Report on sanitation, dispensaries, and jails in Rajputana for 1911, and on vaccination for the year 1911-1912 - 1911-1912
Year: 1911
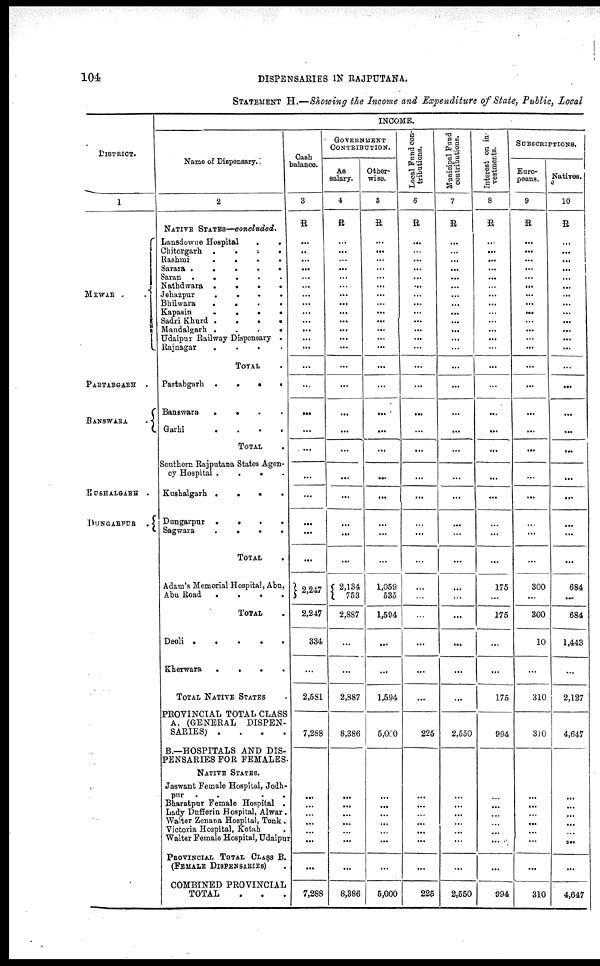
104
DISPENSARIES IN RAJPUTANA.
STATEMENT H.—Showing the Income and Expenditure of State, Public, Local
DISTRICT.
1
MEWAR
PARTABGARH .
BANSWARA
.
KUSHALGARH .
DUNGARPUR
.
INCOME.
Name of Dispensary.
2
NATIVE STATES—concluded.
Lansdowne Hospital
.
.
Chitorgarh .
.
.
.
Rashmi
.
.
.
.
Sarara .
.
.
.
. .
Saran .
.
.
.
.
Nathdwara .
.
.
.
Jehazpur
.
.
.
.
Bhilwara
.
.
.
.
Kapasin
.
.
.
.
Sadri Khurd .
.
.
.
Mandalgarh .
.
.
.
Udaipur Railway Dispensary .
Rajnagar
.
.
.
.
TOTAL .
Partabgarh .
.
.
.
Banswara
.
. . .
Garhi
.
.
.
.
TOTAL .
Southern Rajputana States Agen-
cy Hospital
. . . .
Kushalgarh .
.
.
.
Dungarpur .
.
.
.
Sagwara
.
.
.
.
TOTAL .
Adam's Memorial Hospital, Abu,
Abu Road
.
.
.
.
TOTAL .
Deoli .
.
.
.
.
Kherwara
.
.
.
.
TOTAL NATIVE STATES
PROVINCIAL TOTAL CLASS
A. (GENERAL
DISPEN-
SARIES) .
.
.
.
B.—HOSPITALS AND DIS-
PENSARIES FOR FEMALES.
NATIVE STATES.
Jaswant Female Hospital, Jodh¬
pur
.
.
. .
Bharatpur Female Hospital .
Lady Dufferin Hospital, Alwar.
Walter Zenana Hospital, Tonk .
Victoria Hospital, Kotah
.
Walter Female Hospital, Udaipur
PROVINCIAL TOTAL CLASS B.
(FEMALE DISPENSARIES) .
COMBINED PROVINCIAL
TOTAL . . .
Cash
balance.
3
R
...
...
...
...
...
...
...
...
...
...
...
...
...
...
...
...
...
...
...
...
...
...
...
2,247
2,247
334
...
2,581
7,288
...
...
...
...
...
...
...
7,288
GOVERNMENT
CONTRIBUTION.
As
salary.
4
R
...
...
...
...
...
...
...
...
...
...
...
...
...
...
...
...
...
...
...
...
...
...
...
2,134
753
2,887
...
...
2,887
8,386
...
...
...
...
...
...
...
8,386
Other-
wise.
5
R
...
...
...
...
...
...
...
...
...
...
...
...
...
...
...
...
...
...
...
...
...
...
...
1,059
535
1,594
...
...
1,594
5,000
...
...
...
...
...
...
...
5,000
Local Fund con-
tributions.
6
R
...
...
...
...
...
...
...
...
...
...
...
...
...
...
...
...
...
...
...
...
...
...
...
...
...
...
...
...
...
225
...
...
...
...
...
...
...
225
Municipal Fund
contributions.
7
R
...
...
...
...
...
...
...
...
...
...
...
...
...
...
...
...
...
...
...
...
...
...
...
...
...
...
...
...
...
2,550
...
...
...
...
...
...
...
2,550
Interest on in-
vestments.
8
R
...
...
...
...
...
...
...
...
...
...
...
...
...
...
...
...
...
...
...
...
...
...
...
175
...
175
...
...
175
994
...
...
...
...
...
...
...
994
SUBSCRIPTIONS.
Euro-
peans.
9
R
...
...
...
...
...
...
...
...
...
...
...
...
...
...
...
...
...
...
...
...
...
...
...
300
...
300
10
...
310
310
...
...
...
...
...
...
...
310
Natives.
10
R
...
...
...
...
...
...
...
...
...
...
...
...
...
...
...
...
...
...
...
...
...
...
...
684
...
684
1,443
...
2,127
4,647
...
...
...
...
...
...
...
4,647